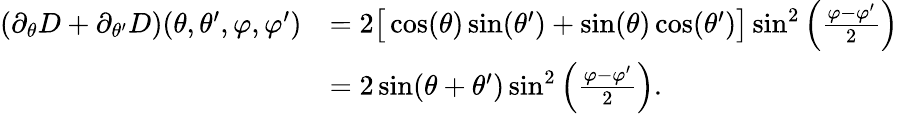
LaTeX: \begin{array}{rl}{(\partial_{\theta}D+\partial_{\theta^{\prime}}D)(\theta,\theta^{\prime},\varphi,\varphi^{\prime})}&{=2\big[\cos(\theta)\sin(\theta^{\prime})+\sin(\theta)\cos(\theta^{\prime})\big]\sin^{2}\left(\frac{\varphi-\varphi^{\prime}}{2}\right)}\\ &{=2\sin(\theta+\theta^{\prime})\sin^{2}\left(\frac{\varphi-\varphi^{\prime}}{2}\right).}\end{array}